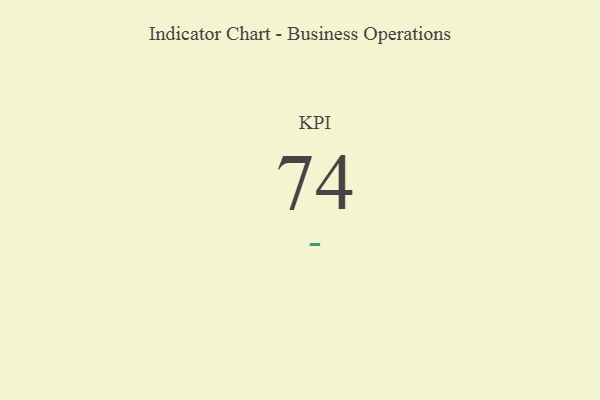
{"axis": {"x": "KPI", "y": "Value"}, "legend": [""], "data": [{"x": "KPI", "y": 74, "type": ""}]}